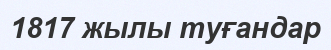
1817 жылы туғандар